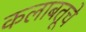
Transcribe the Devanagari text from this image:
कलाबतूचे